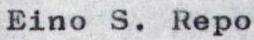
Eino S. Repo